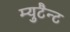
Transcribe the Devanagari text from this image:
म्युटैन्ट